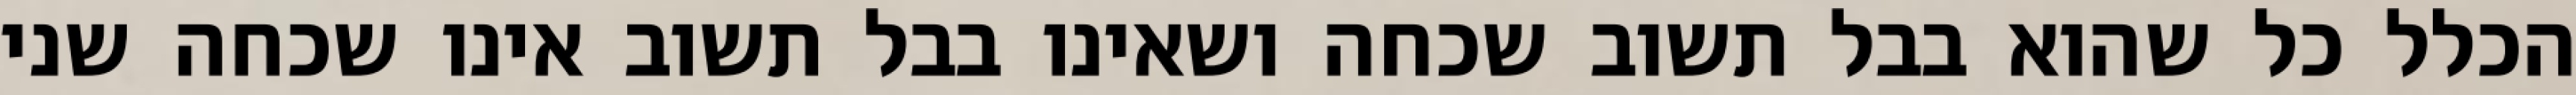
הכלל כל שהוא בבל תשוב שכחה ושאינו בבל תשוב אינו שכחה שני